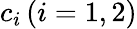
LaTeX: c_{i}\, (i=1,2)